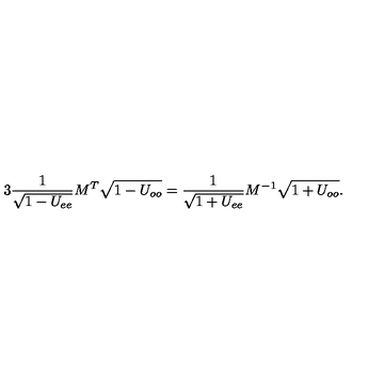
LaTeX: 3 \frac { 1 } { \sqrt { 1 - U _ { e e } } } M ^ { T } \sqrt { 1 - U _ { o o } } = \frac { 1 } { \sqrt { 1 + U _ { e e } } } M ^ { - 1 } \sqrt { 1 + U _ { o o } } .